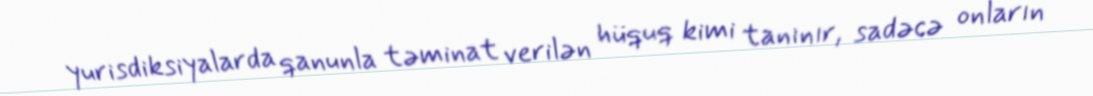
yurisdiksiyalarda qanunla təminat verilən hüquq kimi tanınır, sadəcə onların